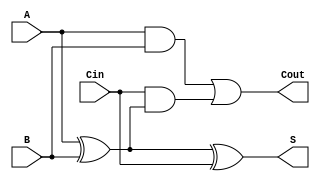
module RippleCarryFullAdder (
    input  wire A,     // First binary digit
    input  wire B,     // Second binary digit
    input  wire Cin,   // Carry input
    output wire S,     // Sum output
    output wire Cout   // Carry output
);

    // Internal signals
    wire AxorB;

    // First XOR gate for A and B
    assign AxorB = A ^ B;

    // Sum output
    assign S = AxorB ^ Cin;

    // Carry output
    assign Cout = (A & B) | (Cin & AxorB);

endmodule